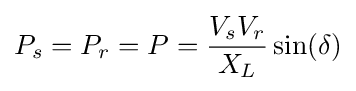
P_{s}=P_{r}=P={\frac {V_{s}V_{r}}{X_{L}}}\sin(\delta )